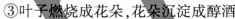
③叶子燃烧成花朵，花朵沉淀成醇酒